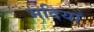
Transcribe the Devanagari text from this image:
भदियाँ